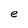
Character: e